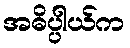
အဓိပ္ပါယ်က